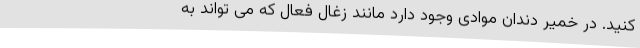
کنید. در خمیر دندان موادی وجود دارد مانند زغال فعال که می تواند به